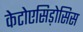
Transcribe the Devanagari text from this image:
केटोएसिड़ोसिस